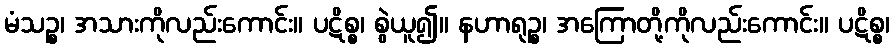
မံသဉ္စ၊ အသားကိုလည်းကောင်း။ ပဋိစ္စ၊ စွဲယူ၍။ နဟာရုဉ္စ၊ အကြောတို့ကိုလည်းကောင်း။ ပဋိစ္စ၊